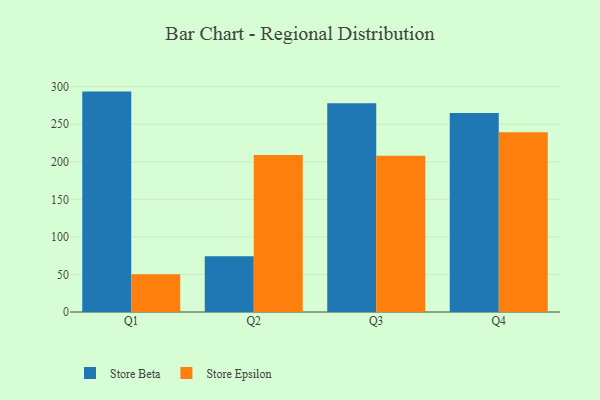
{"axis": {"x": "Quarter", "y": "Operating Costs (USD K)"}, "legend": ["Store Beta", "Store Epsilon"], "data": [{"x": "Q1", "y": 293.5, "type": "Store Beta"}, {"x": "Q1", "y": 50.4, "type": "Store Epsilon"}, {"x": "Q2", "y": 74.4, "type": "Store Beta"}, {"x": "Q2", "y": 209.2, "type": "Store Epsilon"}, {"x": "Q3", "y": 277.9, "type": "Store Beta"}, {"x": "Q3", "y": 208.0, "type": "Store Epsilon"}, {"x": "Q4", "y": 264.9, "type": "Store Beta"}, {"x": "Q4", "y": 239.4, "type": "Store Epsilon"}]}